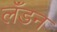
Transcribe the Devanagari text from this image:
लॅंडन